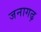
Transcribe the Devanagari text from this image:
जनागढ़